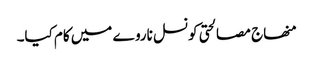
منھاج مصالحتی کونسل ناروے میں کام کیا۔